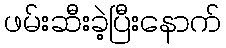
ဖမ်းဆီးခဲ့ပြီးနောက်